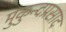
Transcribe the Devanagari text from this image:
मुकुन्दप्रसाद